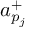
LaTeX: a _ { p _ { j } } ^ { + }